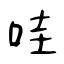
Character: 哇